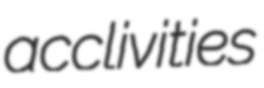
acclivities